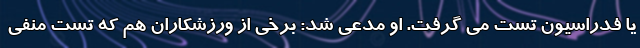
یا فدراسیون تست می گرفت. او مدعی شد: برخی از ورزشکاران هم که تست منفی